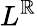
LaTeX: L^{\mathbb{R}}